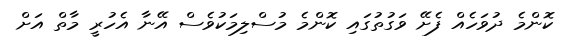
ކޮންމެ ދުވަހެއް ފެށޭ ވަގުތުގައި ކޮންމެ މުސްލިމަކުވެސް އޭނާ އެހުރީ މާތް އަށް